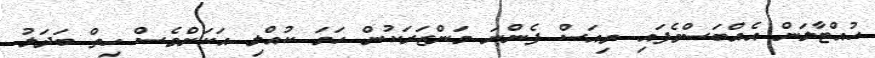
ހުއްޓާލަން އެއްބަސްވެފައި ވިއަސް ފެންނަ މަންޒަރަކުން ހަމަ ކުއްލި އަކަށްވެސް ހިތް ބަދަލު